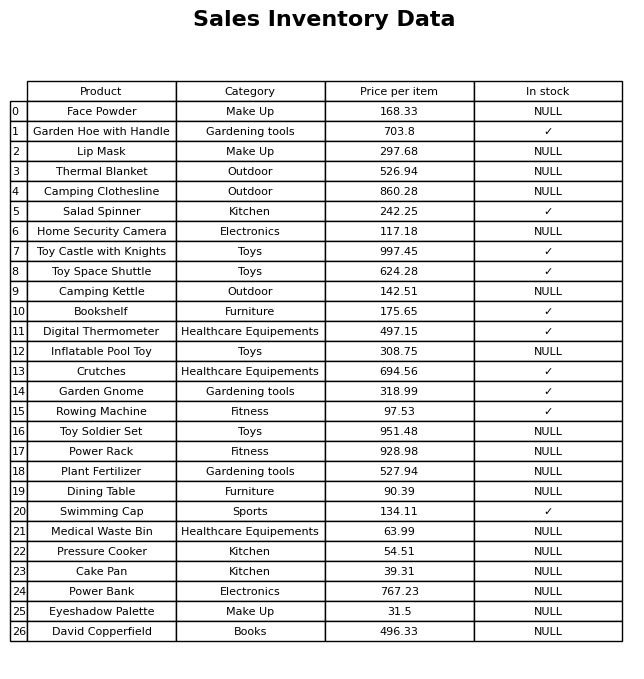
question: What is the price for Pressure Cooker?
answer: The price of Pressure Cooker is 54.51.